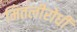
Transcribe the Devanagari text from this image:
मितलीरोधी